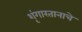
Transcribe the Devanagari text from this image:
शृंगारतानाचे